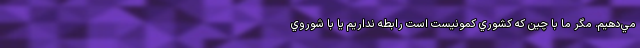
مي‌دهيم. مگر ما با چين که کشوري کمونيست است رابطه نداريم يا با شوروي